Martna_vallavalitsus, lk 48
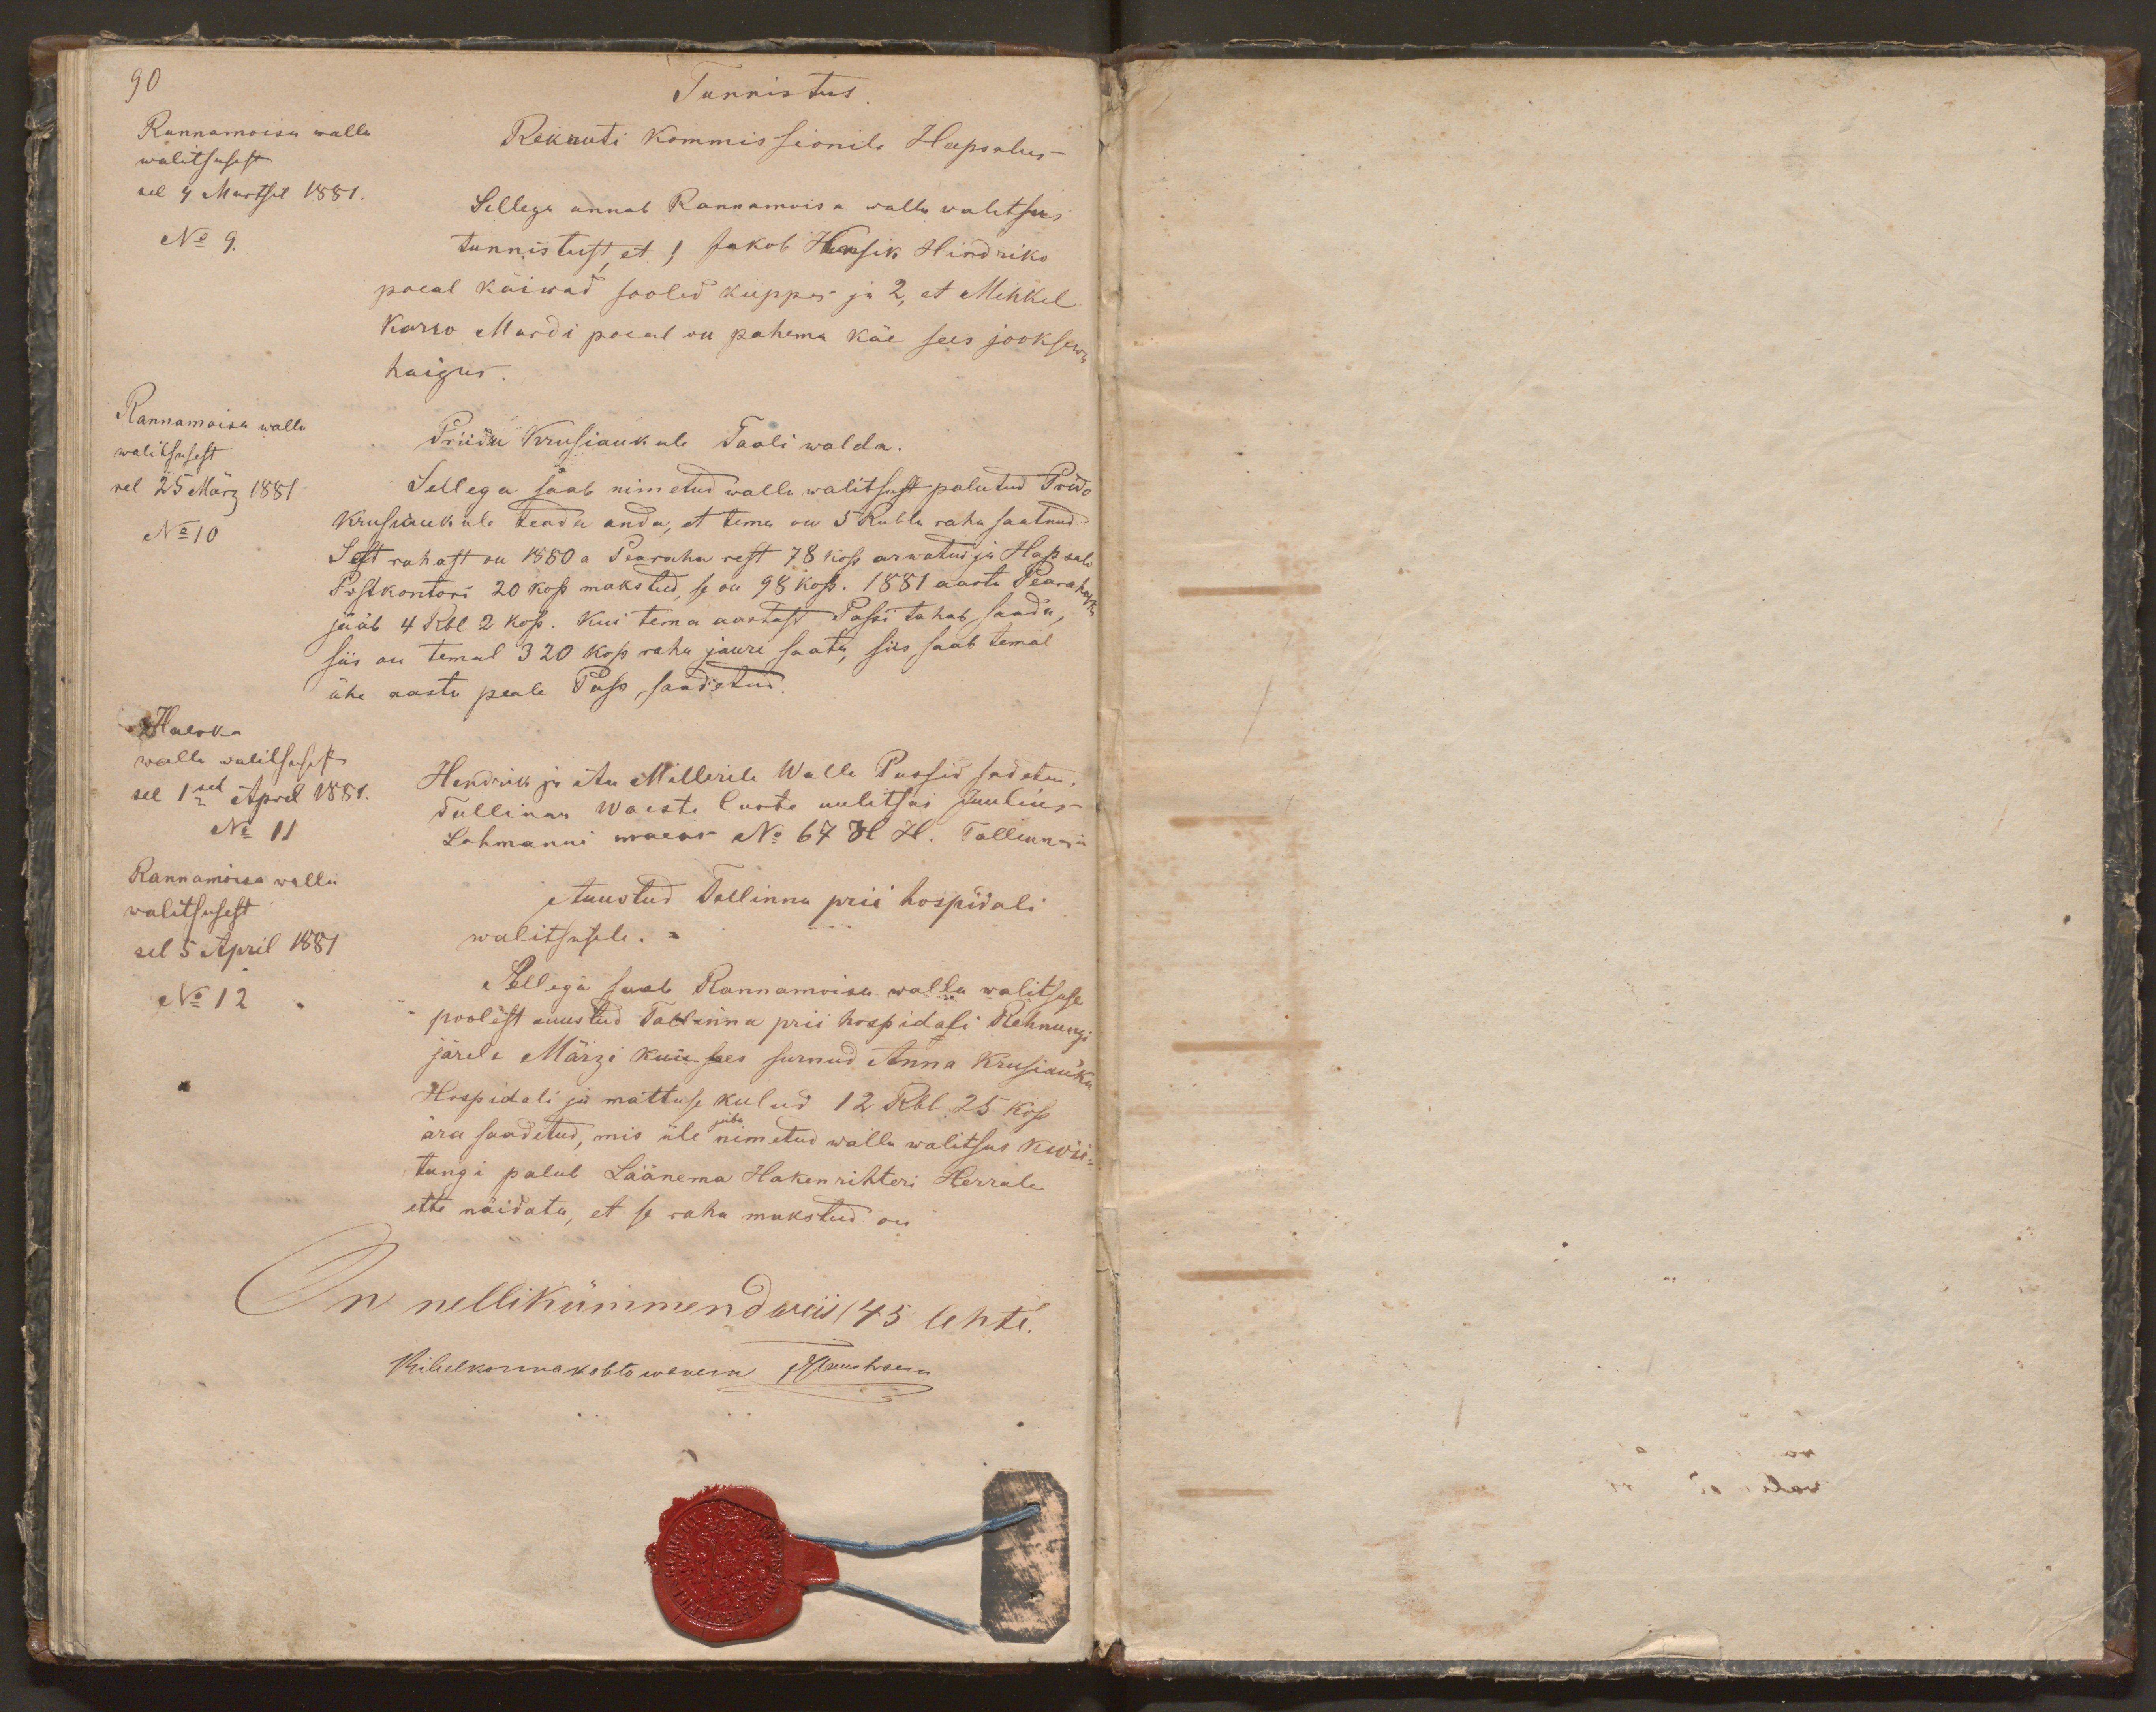
90
Tunnistus
Rannamoisa walla
walitsusest
Rekruti kommissionile Hapsalus
sel 4 Martsil 1881.
Sellega annab Rannamois a walla walitsus
No 9.
tunnistust, et 1, Jakob Hansik Hindriko
poeal käiwad sooled kuppes ja 2, et Mihkel
Karro Mardi poeal on pahema käe sees jooksewa
haigus.
Rannamoisa walla
walitsusest
Priidu Krusiauk ule Taali walda.
sel 25 März 1881
Sellega saab nimetud walla walitsust palutud Prido
No 10
Krusiaukule teada anda, et tema on 5 Rubla raha saatnud
Sest rahast on 1880 a Pearaha rest 78 kop arwatud ja Hapsalo
Postkontori 20 kop makstud, se on 98 kop. 1881 aasta Pearahaks
jääb 4 Rbl 2 kop. Kui tema aastast Passi tahab saada,
siis on temal 320 kop raha juure saata, siis saab temal
ühe aasta peale Pass saadetud.
Haeska
walla walitsusest
sel 1sel April 1881.
Hendrik ja An Millerile Walla Passid sadetud,
Tallinna Waeste Laste uulitsas Juulius
No 11
Lohmanni maeas No 67 H H. Tallinnas
Rannamoisa walla
walitsusest
Auustud Tallinna prii hospidali
sel 5 April 1881
walitsusele.
No 12
Sellega saab Rannamoisa walla walitsuse
poolest auustud Tallinna prii hospidali Rehnungi
järele Märzi kuu sees surnud Anna Krusiau'ku
Hospitali ja mattuse kulud 12 Rbl 25 kop.
ära saadetud, mis üle juba nimetud walla walitsus kwii
tungi palub Läänema Haken rihteri Herrale
ette näidata, et se raha makstud on
On nellikümmend wiis / 45 lehte.
Kihelkonnakohto wanem Hansson